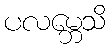
ပလမ္ဘေသိ